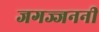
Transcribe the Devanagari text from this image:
जगज्जननी